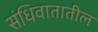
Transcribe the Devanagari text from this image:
संधिवातातील